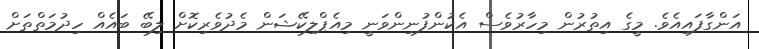
އަންގާފައިއެވެ. މީގެ އިތުރުން މިހާރުވެސް އެކުންފުނިންވަނީ މިއެޕްލިކޭޝަން މެދުވެރިކޮށް ލިބޭ ބައެއް ހިދުމަތްތަށް